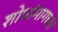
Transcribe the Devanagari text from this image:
शोधांमागच्या